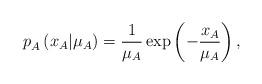
LaTeX: \begin{align*}p_{A}^{}\left( x_{A}|\mu_{A}\right) =\frac{1}{\mu_{A}}\exp\left( -\frac{x_{A}}{\mu_{A}}\right) ,\end{align*}